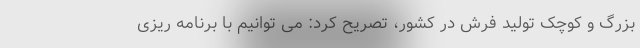
بزرگ و کوچک تولید فرش در کشور، تصریح کرد: می توانیم با برنامه ریزی